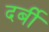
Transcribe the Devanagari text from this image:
दर्बी